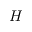
H